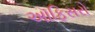
અૉફિસરો